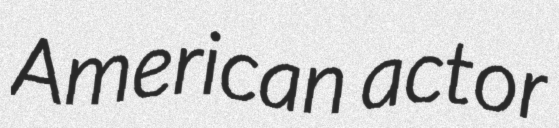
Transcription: American actor